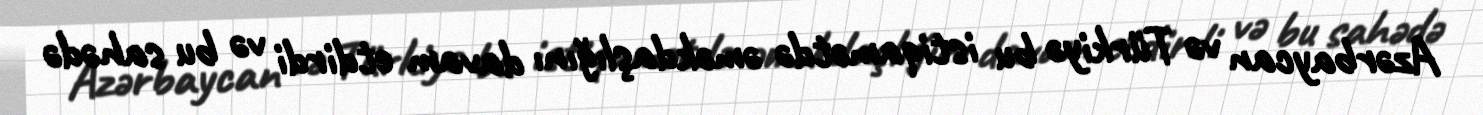
Azərbaycan və Türkiyə bu istiqamətdə əməkdaşlığını davam etdirdi və bu sahədə